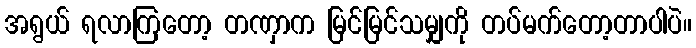
အရွယ် ရလာကြတော့ တဏှာက မြင်မြင်သမျှကို တပ်မက်တော့တာပါပဲ။